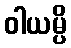
ဝါယမ္ပိ